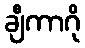
ချီကာဂို